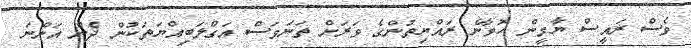
ވެސް ރައީސް ޔާމީން ހޮވާނެ ރައްޔިތުންގެ ވަރަށް ތަނަވަސް އަގްލަބިއްޔަތަކުން ދެން އަންނަ